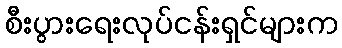
စီးပွားရေးလုပ်ငန်းရှင်များက